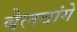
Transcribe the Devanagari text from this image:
बेलवांगे